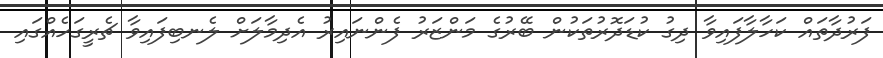
ފަރުދާތައް ކަހާލާފައިވާ ދިގު ކުޑަދޮރުތަކުން ބޭރުގެ މަންޒަރު ފެންނައިރު އެދިމާލަށް ލެނބިފައިވާ ޗެރީގަހެއްގައި